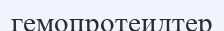
гемопротеидтер